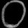
Digit: ၀